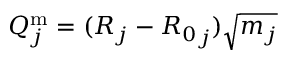
Q _ { j } ^ { \mathrm { m } } = ( R _ { j } - { R _ { 0 } } _ { j } ) \sqrt { m _ { j } }